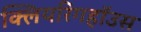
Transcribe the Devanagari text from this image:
क्लियरिंगहॉउस